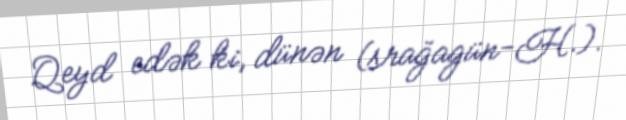
Qeyd edək ki, dünən (srağagün-H.).